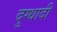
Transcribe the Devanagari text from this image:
दुग्धादी